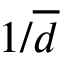
1 / \overline { { d } }